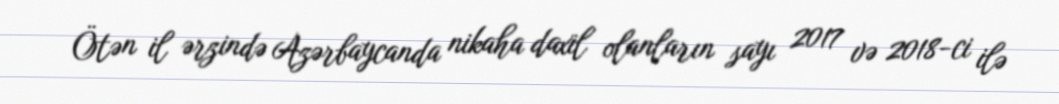
Ötən il ərzində Azərbaycanda nikaha daxil olanların sayı 2017 və 2018-ci ilə